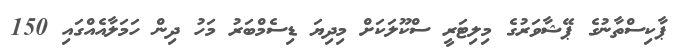
ޕާކިސްތާނުގެ ޕޭޝާވަރުގެ މިލިޓަރީ ސްކޫލަކަށް މިދިޔަ ޑިސެމްބަރު މަހު ދިން ހަމަލާއެއްގައި 150